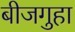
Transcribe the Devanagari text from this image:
बीजगुहा